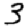
Digit: 3